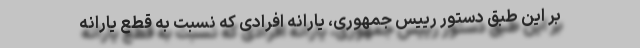
بر این طبق دستور رییس جمهوری، یارانه افرادی که نسبت به قطع یارانه